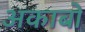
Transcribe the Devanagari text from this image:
अकाबो